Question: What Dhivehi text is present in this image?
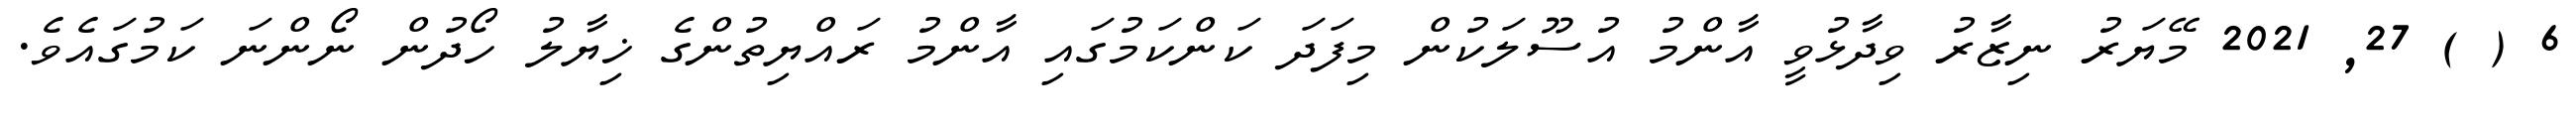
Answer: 6 ( ) 27, 2021 މޭޔަރު ނިޒާރު ވިދާޅުވީ އާންމު އުސޫލަކުން މިފަދަ ކަންކަމުގައި އާންމު ރައްޔިތުންގެ ޚިޔާލު ހޯދުން ނޯންނަ ކަމުގައެވެ.